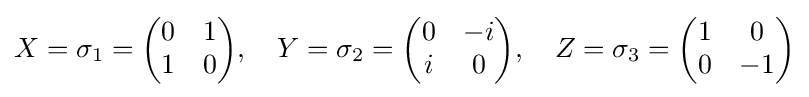
X=\sigma _{1}={\begin{pmatrix}0&1\\1&0\end{pmatrix}},\quad Y=\sigma _{2}={\begin{pmatrix}0&-i\\i&0\end{pmatrix}},\quad Z=\sigma _{3}={\begin{pmatrix}1&0\\0&-1\end{pmatrix}}